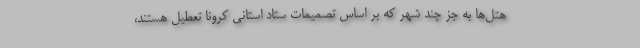
هتل‌ها به جز چند شهر که بر اساس تصمیمات ستاد استانی کرونا تعطیل هستند،